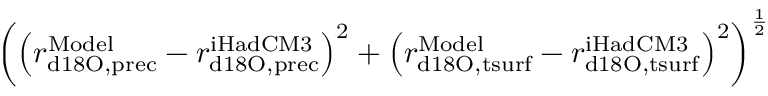
\left( \left( r _ { \mathrm { d 1 8 O , p r e c } } ^ { \mathrm { M o d e l } } - r _ { \mathrm { d 1 8 O , p r e c } } ^ { \mathrm { i H a d C M 3 } } \right) ^ { 2 } + \left( r _ { \mathrm { d 1 8 O , t s u r f } } ^ { \mathrm { M o d e l } } - r _ { \mathrm { d 1 8 O , t s u r f } } ^ { \mathrm { i H a d C M 3 } } \right) ^ { 2 } \right) ^ { \frac { 1 } { 2 } }